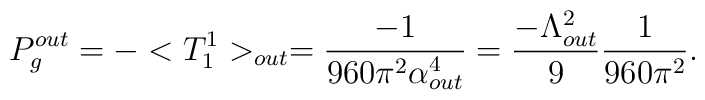
P^{out}_{g}=-<T^{1}_{1}>_{out}=\frac{-1}{960\pi^{2}\alpha_{out}^{4}}= \frac{-\Lambda_{out}^{2}}{9}\frac{1}{960\pi^{2}}.